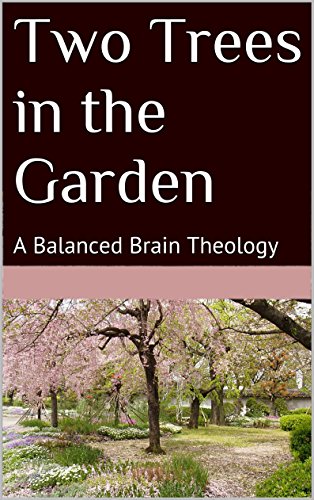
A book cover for Two Trees in the Garden: A Balanced Brain Theology; Drew VanDyche; Christian Books & Bibles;